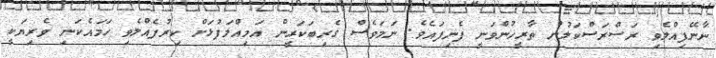
ނާނޭފިއްލެވި ރަސްރަސްކަލުން ތާރީޚުންވަނީ ފެނިފައެވެ. ނަމަވެސް ގެރިބަކަރީން އަމިއްލަފުޅަށް ކިރުފެއްލެވި ހަމައެކަނި ވެރިޔަކީ